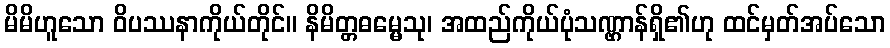
မိမိဟူသော ဝိပဿနာကိုယ်တိုင်။ နိမိတ္တဓမ္မေသု၊ အထည်ကိုယ်ပုံသဏ္ဌာန်ရှိ၏ဟု ထင်မှတ်အပ်သော